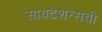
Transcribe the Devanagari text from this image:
सायटेशन्सची